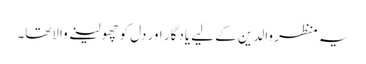
یہ منظر والدین کے لیے یادگار اور دل کو چھولینے والاتھا۔